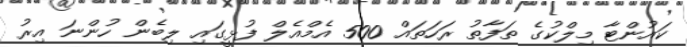
ކައުންޓާ މިލްކުގެ ތަފާތު ރަހަތައް 500 އެމްއެލް ފުޅީގައި ލިބެން ހުންނަ އިރު